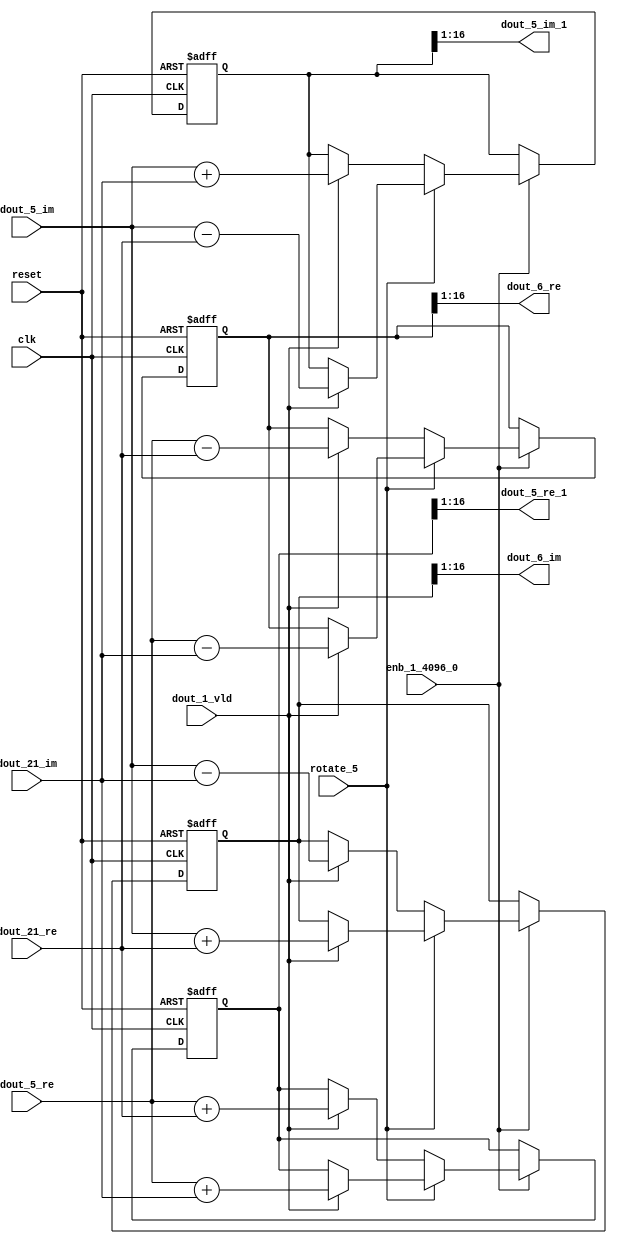
// -------------------------------------------------------------
// 
// 
// Generated by MATLAB 9.14 and HDL Coder 4.1
// 
// -------------------------------------------------------------


// -------------------------------------------------------------
// 
// Module: RADIX22FFT_SDNF2_4_block1
// Source Path: dsphdl.IFFT/RADIX22FFT_SDNF2_4
// Hierarchy Level: 4
// 
// -------------------------------------------------------------

`timescale 1 ns / 1 ns

module RADIX22FFT_SDNF2_4_block1
          (clk,
           reset,
           enb_1_4096_0,
           rotate_5,
           dout_5_re,
           dout_5_im,
           dout_21_re,
           dout_21_im,
           dout_1_vld,
           dout_5_re_1,
           dout_5_im_1,
           dout_6_re,
           dout_6_im);


  input   clk;
  input   reset;
  input   enb_1_4096_0;
  input   rotate_5;  // ufix1
  input   signed [15:0] dout_5_re;  // sfix16_En14
  input   signed [15:0] dout_5_im;  // sfix16_En14
  input   signed [15:0] dout_21_re;  // sfix16_En14
  input   signed [15:0] dout_21_im;  // sfix16_En14
  input   dout_1_vld;
  output  signed [15:0] dout_5_re_1;  // sfix16_En14
  output  signed [15:0] dout_5_im_1;  // sfix16_En14
  output  signed [15:0] dout_6_re;  // sfix16_En14
  output  signed [15:0] dout_6_im;  // sfix16_En14


  reg  Radix22ButterflyG2_NF_din_vld_dly;
  reg signed [16:0] Radix22ButterflyG2_NF_btf1_re_reg;  // sfix17
  reg signed [16:0] Radix22ButterflyG2_NF_btf1_im_reg;  // sfix17
  reg signed [16:0] Radix22ButterflyG2_NF_btf2_re_reg;  // sfix17
  reg signed [16:0] Radix22ButterflyG2_NF_btf2_im_reg;  // sfix17
  reg  Radix22ButterflyG2_NF_din_vld_dly_next;
  reg signed [16:0] Radix22ButterflyG2_NF_btf1_re_reg_next;  // sfix17_En14
  reg signed [16:0] Radix22ButterflyG2_NF_btf1_im_reg_next;  // sfix17_En14
  reg signed [16:0] Radix22ButterflyG2_NF_btf2_re_reg_next;  // sfix17_En14
  reg signed [16:0] Radix22ButterflyG2_NF_btf2_im_reg_next;  // sfix17_En14
  reg signed [15:0] dout_5_re_2;  // sfix16_En14
  reg signed [15:0] dout_5_im_2;  // sfix16_En14
  reg signed [15:0] dout_6_re_1;  // sfix16_En14
  reg signed [15:0] dout_6_im_1;  // sfix16_En14
  reg  dout_4_vld;
  reg signed [16:0] Radix22ButterflyG2_NF_add_cast;  // sfix17_En14
  reg signed [16:0] Radix22ButterflyG2_NF_add_cast_0;  // sfix17_En14
  reg signed [16:0] Radix22ButterflyG2_NF_add_cast_1;  // sfix17_En14
  reg signed [16:0] Radix22ButterflyG2_NF_add_cast_2;  // sfix17_En14
  reg signed [16:0] Radix22ButterflyG2_NF_sub_cast;  // sfix17_En14
  reg signed [16:0] Radix22ButterflyG2_NF_sub_cast_0;  // sfix17_En14
  reg signed [16:0] Radix22ButterflyG2_NF_sub_cast_1;  // sfix17_En14
  reg signed [16:0] Radix22ButterflyG2_NF_sub_cast_2;  // sfix17_En14
  reg signed [16:0] Radix22ButterflyG2_NF_sra_temp;  // sfix17_En14
  reg signed [16:0] Radix22ButterflyG2_NF_add_cast_3;  // sfix17_En14
  reg signed [16:0] Radix22ButterflyG2_NF_add_cast_4;  // sfix17_En14
  reg signed [16:0] Radix22ButterflyG2_NF_add_cast_5;  // sfix17_En14
  reg signed [16:0] Radix22ButterflyG2_NF_add_cast_6;  // sfix17_En14
  reg signed [16:0] Radix22ButterflyG2_NF_sra_temp_0;  // sfix17_En14
  reg signed [16:0] Radix22ButterflyG2_NF_sub_cast_3;  // sfix17_En14
  reg signed [16:0] Radix22ButterflyG2_NF_sub_cast_4;  // sfix17_En14
  reg signed [16:0] Radix22ButterflyG2_NF_sub_cast_5;  // sfix17_En14
  reg signed [16:0] Radix22ButterflyG2_NF_sub_cast_6;  // sfix17_En14
  reg signed [16:0] Radix22ButterflyG2_NF_sra_temp_1;  // sfix17_En14
  reg signed [16:0] Radix22ButterflyG2_NF_sra_temp_2;  // sfix17_En14


  // Radix22ButterflyG2_NF
  always @(posedge clk or posedge reset)
    begin : Radix22ButterflyG2_NF_process
      if (reset == 1'b1) begin
        Radix22ButterflyG2_NF_din_vld_dly <= 1'b0;
        Radix22ButterflyG2_NF_btf1_re_reg <= 17'sb00000000000000000;
        Radix22ButterflyG2_NF_btf1_im_reg <= 17'sb00000000000000000;
        Radix22ButterflyG2_NF_btf2_re_reg <= 17'sb00000000000000000;
        Radix22ButterflyG2_NF_btf2_im_reg <= 17'sb00000000000000000;
      end
      else begin
        if (enb_1_4096_0) begin
          Radix22ButterflyG2_NF_din_vld_dly <= Radix22ButterflyG2_NF_din_vld_dly_next;
          Radix22ButterflyG2_NF_btf1_re_reg <= Radix22ButterflyG2_NF_btf1_re_reg_next;
          Radix22ButterflyG2_NF_btf1_im_reg <= Radix22ButterflyG2_NF_btf1_im_reg_next;
          Radix22ButterflyG2_NF_btf2_re_reg <= Radix22ButterflyG2_NF_btf2_re_reg_next;
          Radix22ButterflyG2_NF_btf2_im_reg <= Radix22ButterflyG2_NF_btf2_im_reg_next;
        end
      end
    end

  always @(Radix22ButterflyG2_NF_btf1_im_reg, Radix22ButterflyG2_NF_btf1_re_reg,
       Radix22ButterflyG2_NF_btf2_im_reg, Radix22ButterflyG2_NF_btf2_re_reg,
       Radix22ButterflyG2_NF_din_vld_dly, dout_1_vld, dout_21_im, dout_21_re,
       dout_5_im, dout_5_re, rotate_5) begin
    Radix22ButterflyG2_NF_add_cast_1 = 17'sb00000000000000000;
    Radix22ButterflyG2_NF_add_cast_2 = 17'sb00000000000000000;
    Radix22ButterflyG2_NF_sub_cast_1 = 17'sb00000000000000000;
    Radix22ButterflyG2_NF_sub_cast_2 = 17'sb00000000000000000;
    Radix22ButterflyG2_NF_add_cast_5 = 17'sb00000000000000000;
    Radix22ButterflyG2_NF_add_cast_6 = 17'sb00000000000000000;
    Radix22ButterflyG2_NF_sub_cast_5 = 17'sb00000000000000000;
    Radix22ButterflyG2_NF_sub_cast_6 = 17'sb00000000000000000;
    Radix22ButterflyG2_NF_add_cast = 17'sb00000000000000000;
    Radix22ButterflyG2_NF_add_cast_0 = 17'sb00000000000000000;
    Radix22ButterflyG2_NF_sub_cast = 17'sb00000000000000000;
    Radix22ButterflyG2_NF_sub_cast_0 = 17'sb00000000000000000;
    Radix22ButterflyG2_NF_add_cast_3 = 17'sb00000000000000000;
    Radix22ButterflyG2_NF_add_cast_4 = 17'sb00000000000000000;
    Radix22ButterflyG2_NF_sub_cast_3 = 17'sb00000000000000000;
    Radix22ButterflyG2_NF_sub_cast_4 = 17'sb00000000000000000;
    Radix22ButterflyG2_NF_btf1_re_reg_next = Radix22ButterflyG2_NF_btf1_re_reg;
    Radix22ButterflyG2_NF_btf1_im_reg_next = Radix22ButterflyG2_NF_btf1_im_reg;
    Radix22ButterflyG2_NF_btf2_re_reg_next = Radix22ButterflyG2_NF_btf2_re_reg;
    Radix22ButterflyG2_NF_btf2_im_reg_next = Radix22ButterflyG2_NF_btf2_im_reg;
    Radix22ButterflyG2_NF_din_vld_dly_next = dout_1_vld;
    if (rotate_5 != 1'b0) begin
      if (dout_1_vld) begin
        Radix22ButterflyG2_NF_add_cast_1 = {dout_5_re[15], dout_5_re};
        Radix22ButterflyG2_NF_add_cast_2 = {dout_21_im[15], dout_21_im};
        Radix22ButterflyG2_NF_btf1_re_reg_next = Radix22ButterflyG2_NF_add_cast_1 + Radix22ButterflyG2_NF_add_cast_2;
        Radix22ButterflyG2_NF_sub_cast_1 = {dout_5_re[15], dout_5_re};
        Radix22ButterflyG2_NF_sub_cast_2 = {dout_21_im[15], dout_21_im};
        Radix22ButterflyG2_NF_btf2_re_reg_next = Radix22ButterflyG2_NF_sub_cast_1 - Radix22ButterflyG2_NF_sub_cast_2;
        Radix22ButterflyG2_NF_add_cast_5 = {dout_5_im[15], dout_5_im};
        Radix22ButterflyG2_NF_add_cast_6 = {dout_21_re[15], dout_21_re};
        Radix22ButterflyG2_NF_btf2_im_reg_next = Radix22ButterflyG2_NF_add_cast_5 + Radix22ButterflyG2_NF_add_cast_6;
        Radix22ButterflyG2_NF_sub_cast_5 = {dout_5_im[15], dout_5_im};
        Radix22ButterflyG2_NF_sub_cast_6 = {dout_21_re[15], dout_21_re};
        Radix22ButterflyG2_NF_btf1_im_reg_next = Radix22ButterflyG2_NF_sub_cast_5 - Radix22ButterflyG2_NF_sub_cast_6;
      end
    end
    else if (dout_1_vld) begin
      Radix22ButterflyG2_NF_add_cast = {dout_5_re[15], dout_5_re};
      Radix22ButterflyG2_NF_add_cast_0 = {dout_21_re[15], dout_21_re};
      Radix22ButterflyG2_NF_btf1_re_reg_next = Radix22ButterflyG2_NF_add_cast + Radix22ButterflyG2_NF_add_cast_0;
      Radix22ButterflyG2_NF_sub_cast = {dout_5_re[15], dout_5_re};
      Radix22ButterflyG2_NF_sub_cast_0 = {dout_21_re[15], dout_21_re};
      Radix22ButterflyG2_NF_btf2_re_reg_next = Radix22ButterflyG2_NF_sub_cast - Radix22ButterflyG2_NF_sub_cast_0;
      Radix22ButterflyG2_NF_add_cast_3 = {dout_5_im[15], dout_5_im};
      Radix22ButterflyG2_NF_add_cast_4 = {dout_21_im[15], dout_21_im};
      Radix22ButterflyG2_NF_btf1_im_reg_next = Radix22ButterflyG2_NF_add_cast_3 + Radix22ButterflyG2_NF_add_cast_4;
      Radix22ButterflyG2_NF_sub_cast_3 = {dout_5_im[15], dout_5_im};
      Radix22ButterflyG2_NF_sub_cast_4 = {dout_21_im[15], dout_21_im};
      Radix22ButterflyG2_NF_btf2_im_reg_next = Radix22ButterflyG2_NF_sub_cast_3 - Radix22ButterflyG2_NF_sub_cast_4;
    end
    Radix22ButterflyG2_NF_sra_temp = Radix22ButterflyG2_NF_btf1_re_reg >>> 8'd1;
    dout_5_re_2 = Radix22ButterflyG2_NF_sra_temp[15:0];
    Radix22ButterflyG2_NF_sra_temp_0 = Radix22ButterflyG2_NF_btf1_im_reg >>> 8'd1;
    dout_5_im_2 = Radix22ButterflyG2_NF_sra_temp_0[15:0];
    Radix22ButterflyG2_NF_sra_temp_1 = Radix22ButterflyG2_NF_btf2_re_reg >>> 8'd1;
    dout_6_re_1 = Radix22ButterflyG2_NF_sra_temp_1[15:0];
    Radix22ButterflyG2_NF_sra_temp_2 = Radix22ButterflyG2_NF_btf2_im_reg >>> 8'd1;
    dout_6_im_1 = Radix22ButterflyG2_NF_sra_temp_2[15:0];
    dout_4_vld = Radix22ButterflyG2_NF_din_vld_dly;
  end



  assign dout_5_re_1 = dout_5_re_2;

  assign dout_5_im_1 = dout_5_im_2;

  assign dout_6_re = dout_6_re_1;

  assign dout_6_im = dout_6_im_1;

endmodule  // RADIX22FFT_SDNF2_4_block1